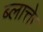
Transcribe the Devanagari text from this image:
ब्लात्तेर